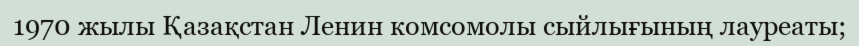
1970 жылы Қазақстан Ленин комсомолы сыйлығының лауреаты;